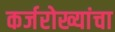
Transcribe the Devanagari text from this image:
कर्जरोख्यांचा